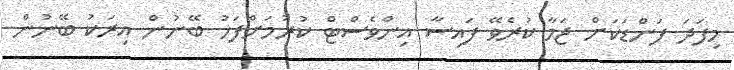
މިފަދަ ފަންޑަކަށް ޖަމާ ކުރެވޭ ފައިސާ އިންވެސްޓް ކުރުމަށްފަހު ބޭނުން އިރަކު ބޭނުން